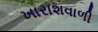
ખારાશવાળી